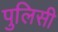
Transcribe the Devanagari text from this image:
पुलिसी